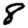
Digit: 8